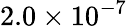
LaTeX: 2.0\times 10^{-7}